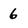
Character: 6